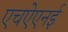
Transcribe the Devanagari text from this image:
एचऐएनई